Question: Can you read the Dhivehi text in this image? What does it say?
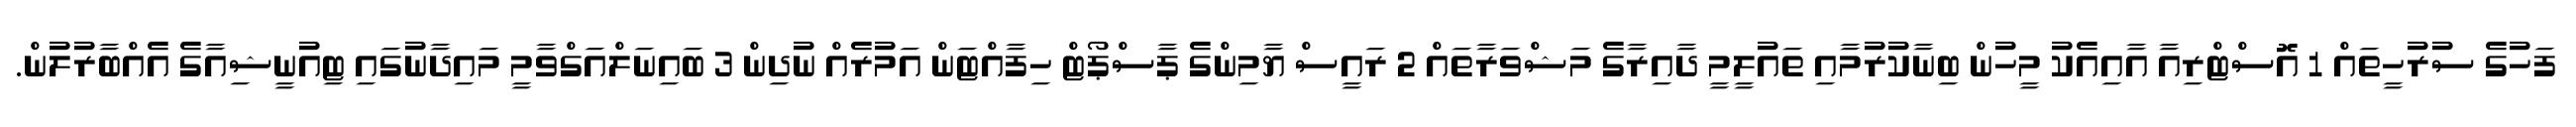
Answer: ފަހުގެ ސުރުހީތައް 1 އޮސްޓްރިއާ އާއިއެކު މީހުން ބިނާކުރުމާއި ތައުލީމީ ދާއިރާގެ މަޝްވަރާތައް 2 ރައީސް ޔާމިންގެ ޕާސްޕޯޓް ހިފާއްޓަން އަމުރެއް ނުދިން 3 ބައިނަލްއަގްވާމީ މައިދާނުގައި ޓިއުނީޝިއާގެ އެއްބާރުލުން.